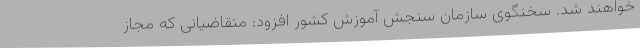
خواهند شد. سخنگوی سازمان سنجش آموزش کشور افزود: متقاضیانی که مجاز